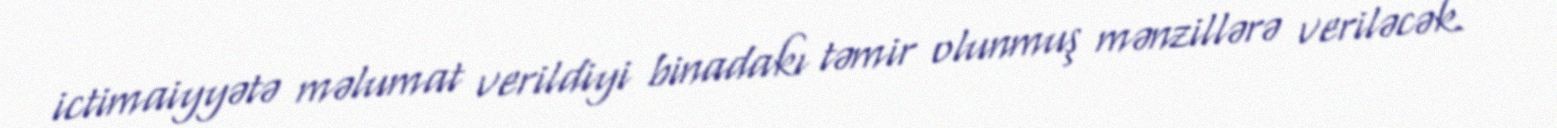
ictimaiyyətə məlumat verildiyi binadakı təmir olunmuş mənzillərə veriləcək.